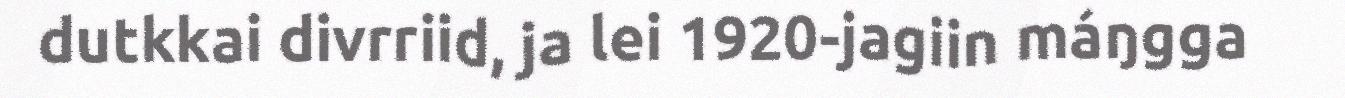
dutkkai divrriid, ja lei 1920-jagiin máŋgga